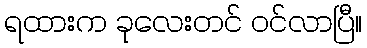
ရထားက ခုလေးတင် ဝင်လာပြီ။